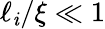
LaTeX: \ell_{\mathit{i}}/\xi\ll1